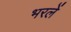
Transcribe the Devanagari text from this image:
भरलें